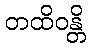
တထိဝန္တိ